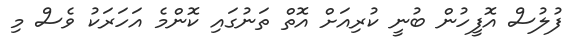
ފުލުސް އޮފީހުން ބުނީ ކުރިއަށް އޮތް ތަނުގައި ކޮންމެ އަހަރަކު ވެސް މި